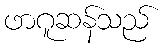
ဖာဂူဆန်သည်